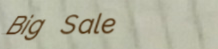
Big Sale